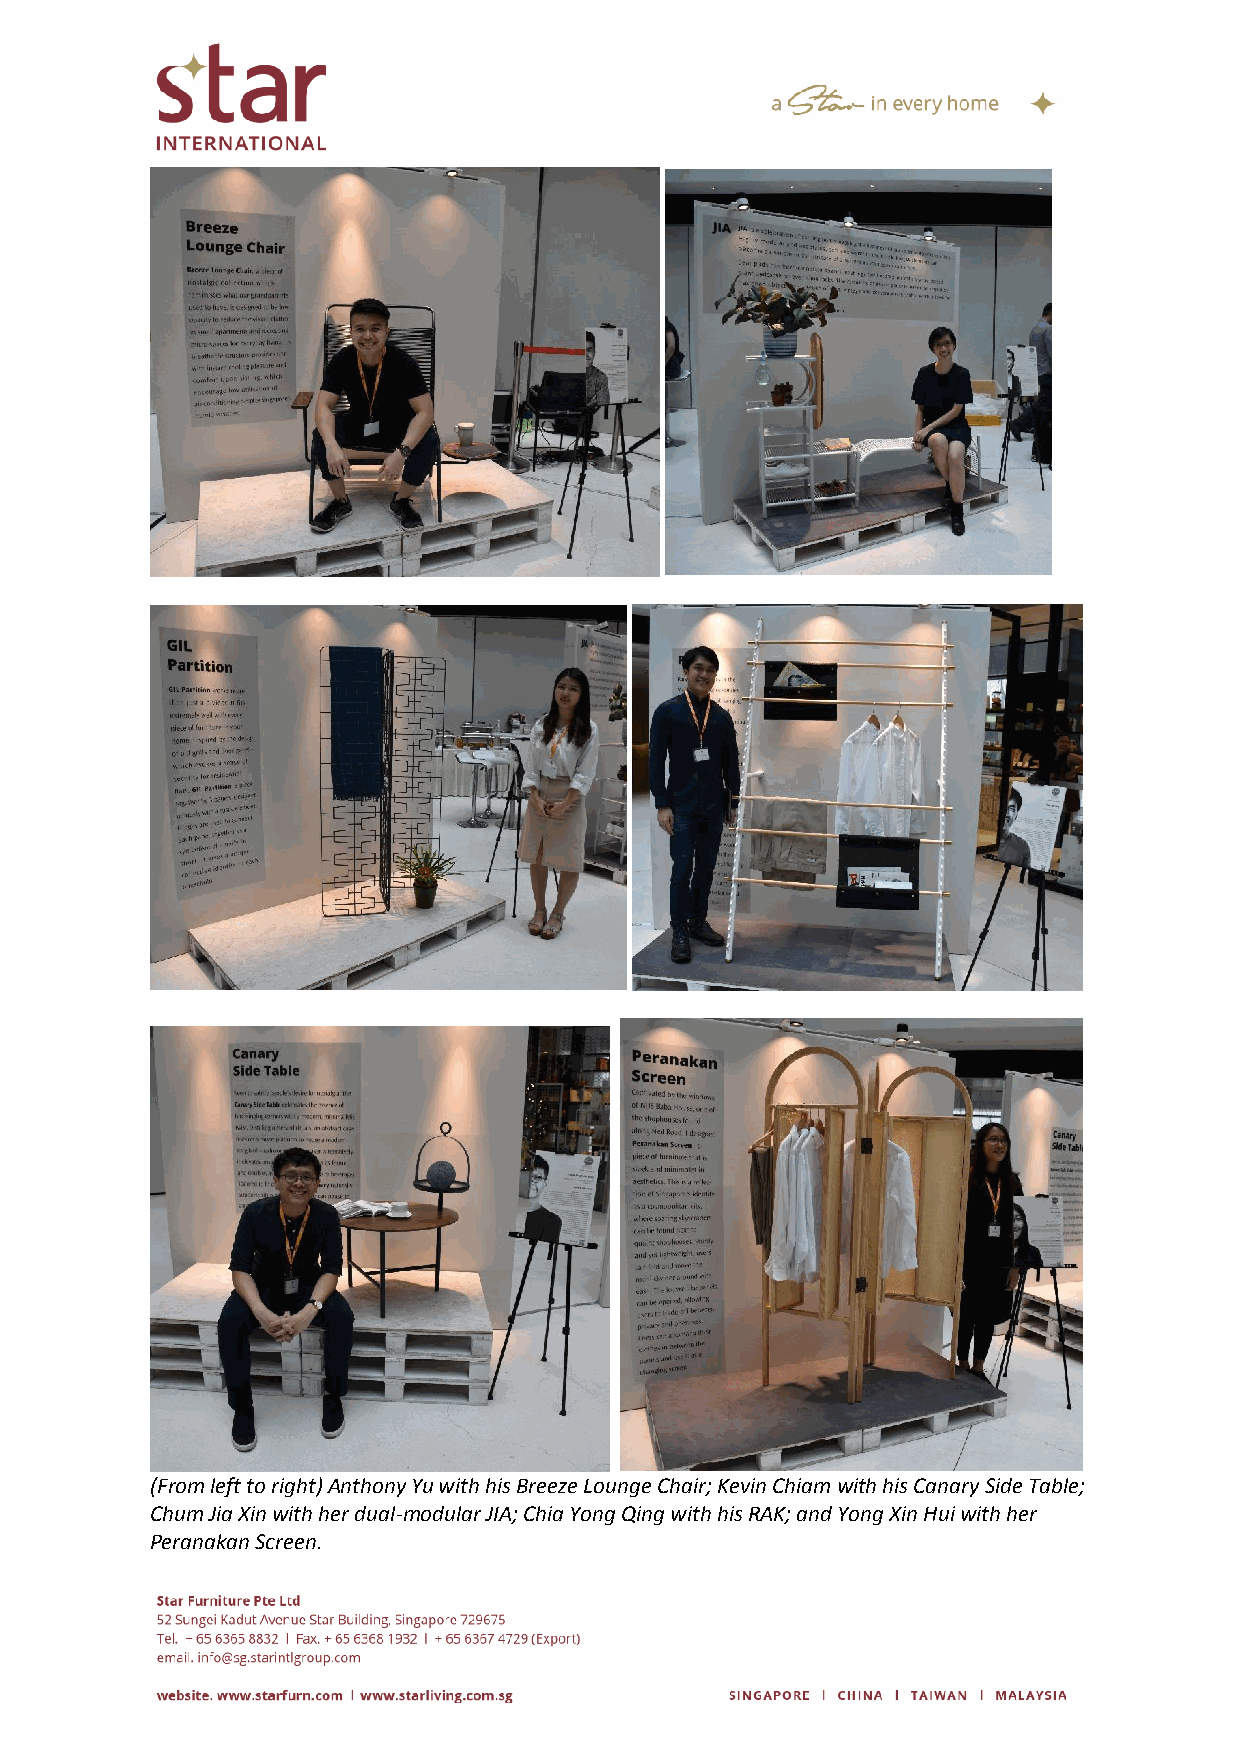
(From left to right) Anthony Yu with his Breeze Lounge Chair; Kevin Chiam with his Canary Side Table;
 Chum Jia Xin with her dual-modular JIA; Chia Yong Qing with his RAK; and Yong Xin Hui with her
 Peranakan Screen.